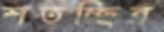
শতচ্ছিন্ন